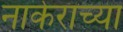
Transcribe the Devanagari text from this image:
नाकेराच्या